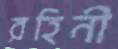
রহিনী